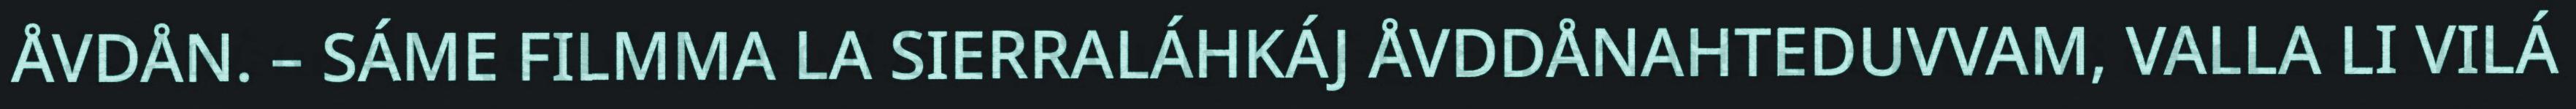
ÅVDÅN. – SÁME FILMMA LA SIERRALÁHKÁJ ÅVDDÅNAHTEDUVVAM, VALLA LI VILÁ